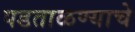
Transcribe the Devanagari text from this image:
पडताळण्याचे